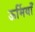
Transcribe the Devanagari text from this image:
ऊर्मियाँ